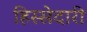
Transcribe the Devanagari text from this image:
हिस्‍सेदारी